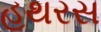
હથરસ